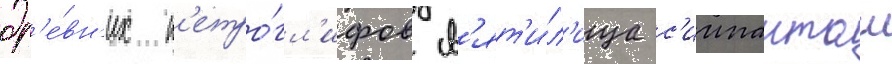
др'е́вн'их п'етро́гл'ифов св'ят'и́л'ища с'иипанташ